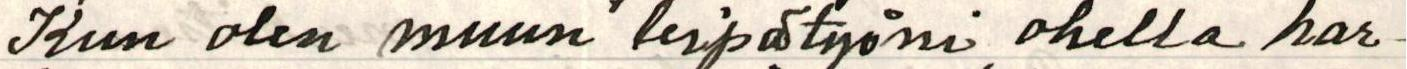
Kun olen muun leipätyöni ohella har-